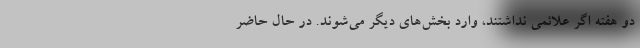
دو هفته اگر علائمی نداشتند، وارد بخش‌های دیگر می‌شوند. در حال حاضر